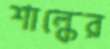
শাল্কের